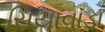
સિયાવાડા